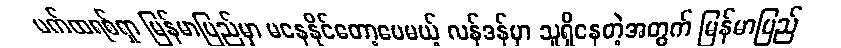
ပက်ထရစ်ရှာ မြန်မာပြည်မှာ မနေနိုင်တော့ပေမယ့် လန်ဒန်မှာ သူရှိနေတဲ့အတွက် မြန်မာပြည်